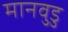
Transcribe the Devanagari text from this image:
मानवुडु